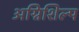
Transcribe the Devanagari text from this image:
अग्निशिल्प